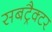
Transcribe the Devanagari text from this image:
सबट्रैक्टर